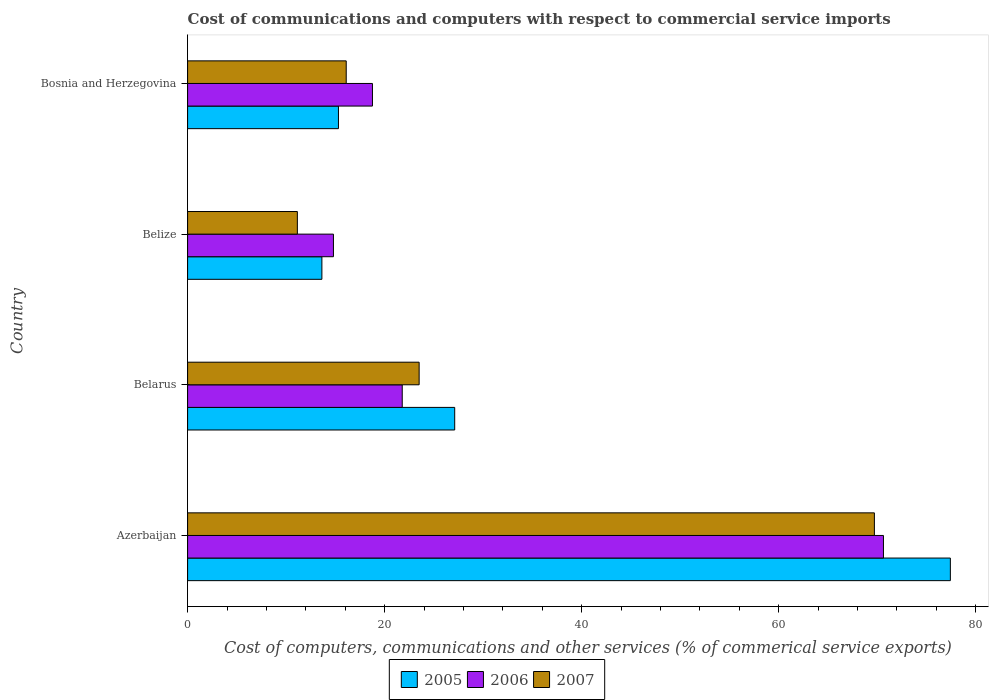
| Country | 2005 | 2006 | 2007 |
 | --- | --- | --- | --- |
 | Azerbaijan | 77.4 | 70.6 | 69.7 |
 | Belarus | 27.1 | 21.8 | 23.5 |
 | Belize | 13.6 | 14.8 | 11.1 |
 | Bosnia and Herzegovina | 15.3 | 18.8 | 16.1 |